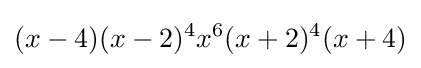
(x-4)(x-2)^{4}x^{6}(x+2)^{4}(x+4)